Account of plague administration in the Bombay Presidency from September 1896 till May 1897
Year: 1896
Disease focus: Plague
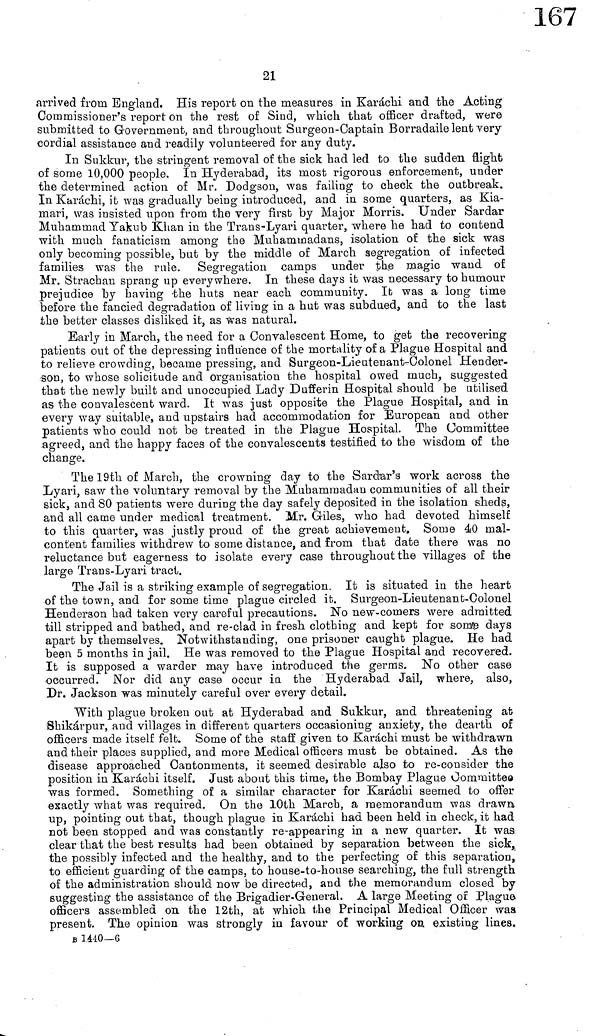
21
arrived from England. His report on the measures in Karachi and the Acting
Commissioner's report on the rest of Sind, which that officer drafted, were
submitted to Government, and throughout Surgeon-Captain Borradaile lent very
cordial assistance and readily volunteered for any duty.
In Sukkur, the stringent removal of the sick had led to the sudden night
of some 10,000 people. In Hyderabad, its most rigorous enforcement, under
the determined action of Mr. Dodgson, was failing to check the outbreak.
In Karachi, it was gradually being introduced, and in some quarters, as Kia-
mari, was insisted upon from the very first by Major Morris. Under Sardar
Muhammad Yakub Khan in the Trans-Lyari quarter, where he had to contend
with much fanaticism among the Muhammadans, isolation of the sick was
only becoming possible, but by the middle of March segregation of infected
families was the rule. Segregation camps under the magic wand of
Mr. Strachan sprang up everywhere. In these days it was necessary to humour
prejudice by having the huts near each community. It was a long time
before the fancied degradation of living in a hut was subdued, and to the last
the better classes disliked it, as was natural.
Early in March, the need for a Convalescent Home, to get the recovering
patients out of the depressing influence of the mortality of a Plague Hospital and
to relieve crowding, became pressing, and Surgeon-Lieutenant-Colonel Hender-
son, to whose solicitude and organisation the hospital owed much, suggested
that the newly built and unoccupied Lady Dufferin Hospital should be utilised
as the convalescent ward. It was just opposite the Plague Hospital, and in
every way suitable, and upstairs had accommodation for European and other
patients who could not be treated in the Plague Hospital. The Committee
agreed, and the happy faces of the convalescents testified to the wisdom of the
change.
The 19th of March, the crowning day to the Sardar's work across the
Lyari, saw the voluntary removal by the Muhammadan communities of all their
sick, and 80 patients were during the day safely deposited in the isolation sheds,
and all came under medical treatment. Mr. Giles, who had devoted himself
to this quarter, was justly proud of the great achievement. Some 40 mal-
content families withdrew to some distance, and from that date there was no
reluctance but eagerness to isolate every case throughout the villages of the
large Trans-Lyari tract.
The Jail is a striking example of segregation. It is situated in the heart
of the town, and for some time plague circled it. Surgeon-Lieutenant-Colonel
Henderson had taken very careful precautions. No new-comers were admitted
till stripped and bathed, and re-clad in fresh clothing and kept for some days
apart by themselves. Notwithstanding", one prisoner caught plague. He had
been 5 months in jail. He was removed to the Plague Hospital and recovered.
It is supposed a warder may have introduced the germs. No other case
occurred. Nor did any case occur in the Hyderabad Jail, where, also,
Dr. Jackson was minutely careful over every detail.
With plague broken out at Hyderabad and Sukkur, and threatening at
Shikárpur, and villages in different quarters occasioning anxiety, the dearth of
officers made itself felt. Some of the staff given to Karachi must be withdrawn
and their places supplied, and more Medical officers must be obtained. As the
disease approached Cantonments, it seemed desirable also to re-consider the
position in Karachi itself. Just about this time, the Bombay Plague Committee
was formed. Something of a similar character for Karachi seemed to offer
exactly what was required. On the 10th March, a memorandum was drawn
up, pointing out that, though plague in Karachi had been held in check, it had
not been stopped and was constantly re-appearing in a new quarter. It was
clear that the best results had been obtained by separation between the sick,
the possibly infected and the healthy, and to the perfecting of this separation,
to efficient guarding of the camps, to house-to-house searching, the full strength
of the administration should now be directed, and the memorandum closed by
suggesting the assistance of the Brigadier-General. A large Meeting of Plague
officers assembled on the 12th, at which the Principal Medical Officer was
present. The opinion was strongly in favour of working on existing lines.
B 1440—6